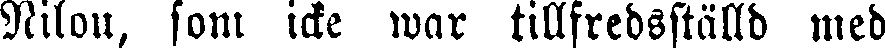
Nilou, som icke war tillfredsställd med